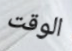
الوقت